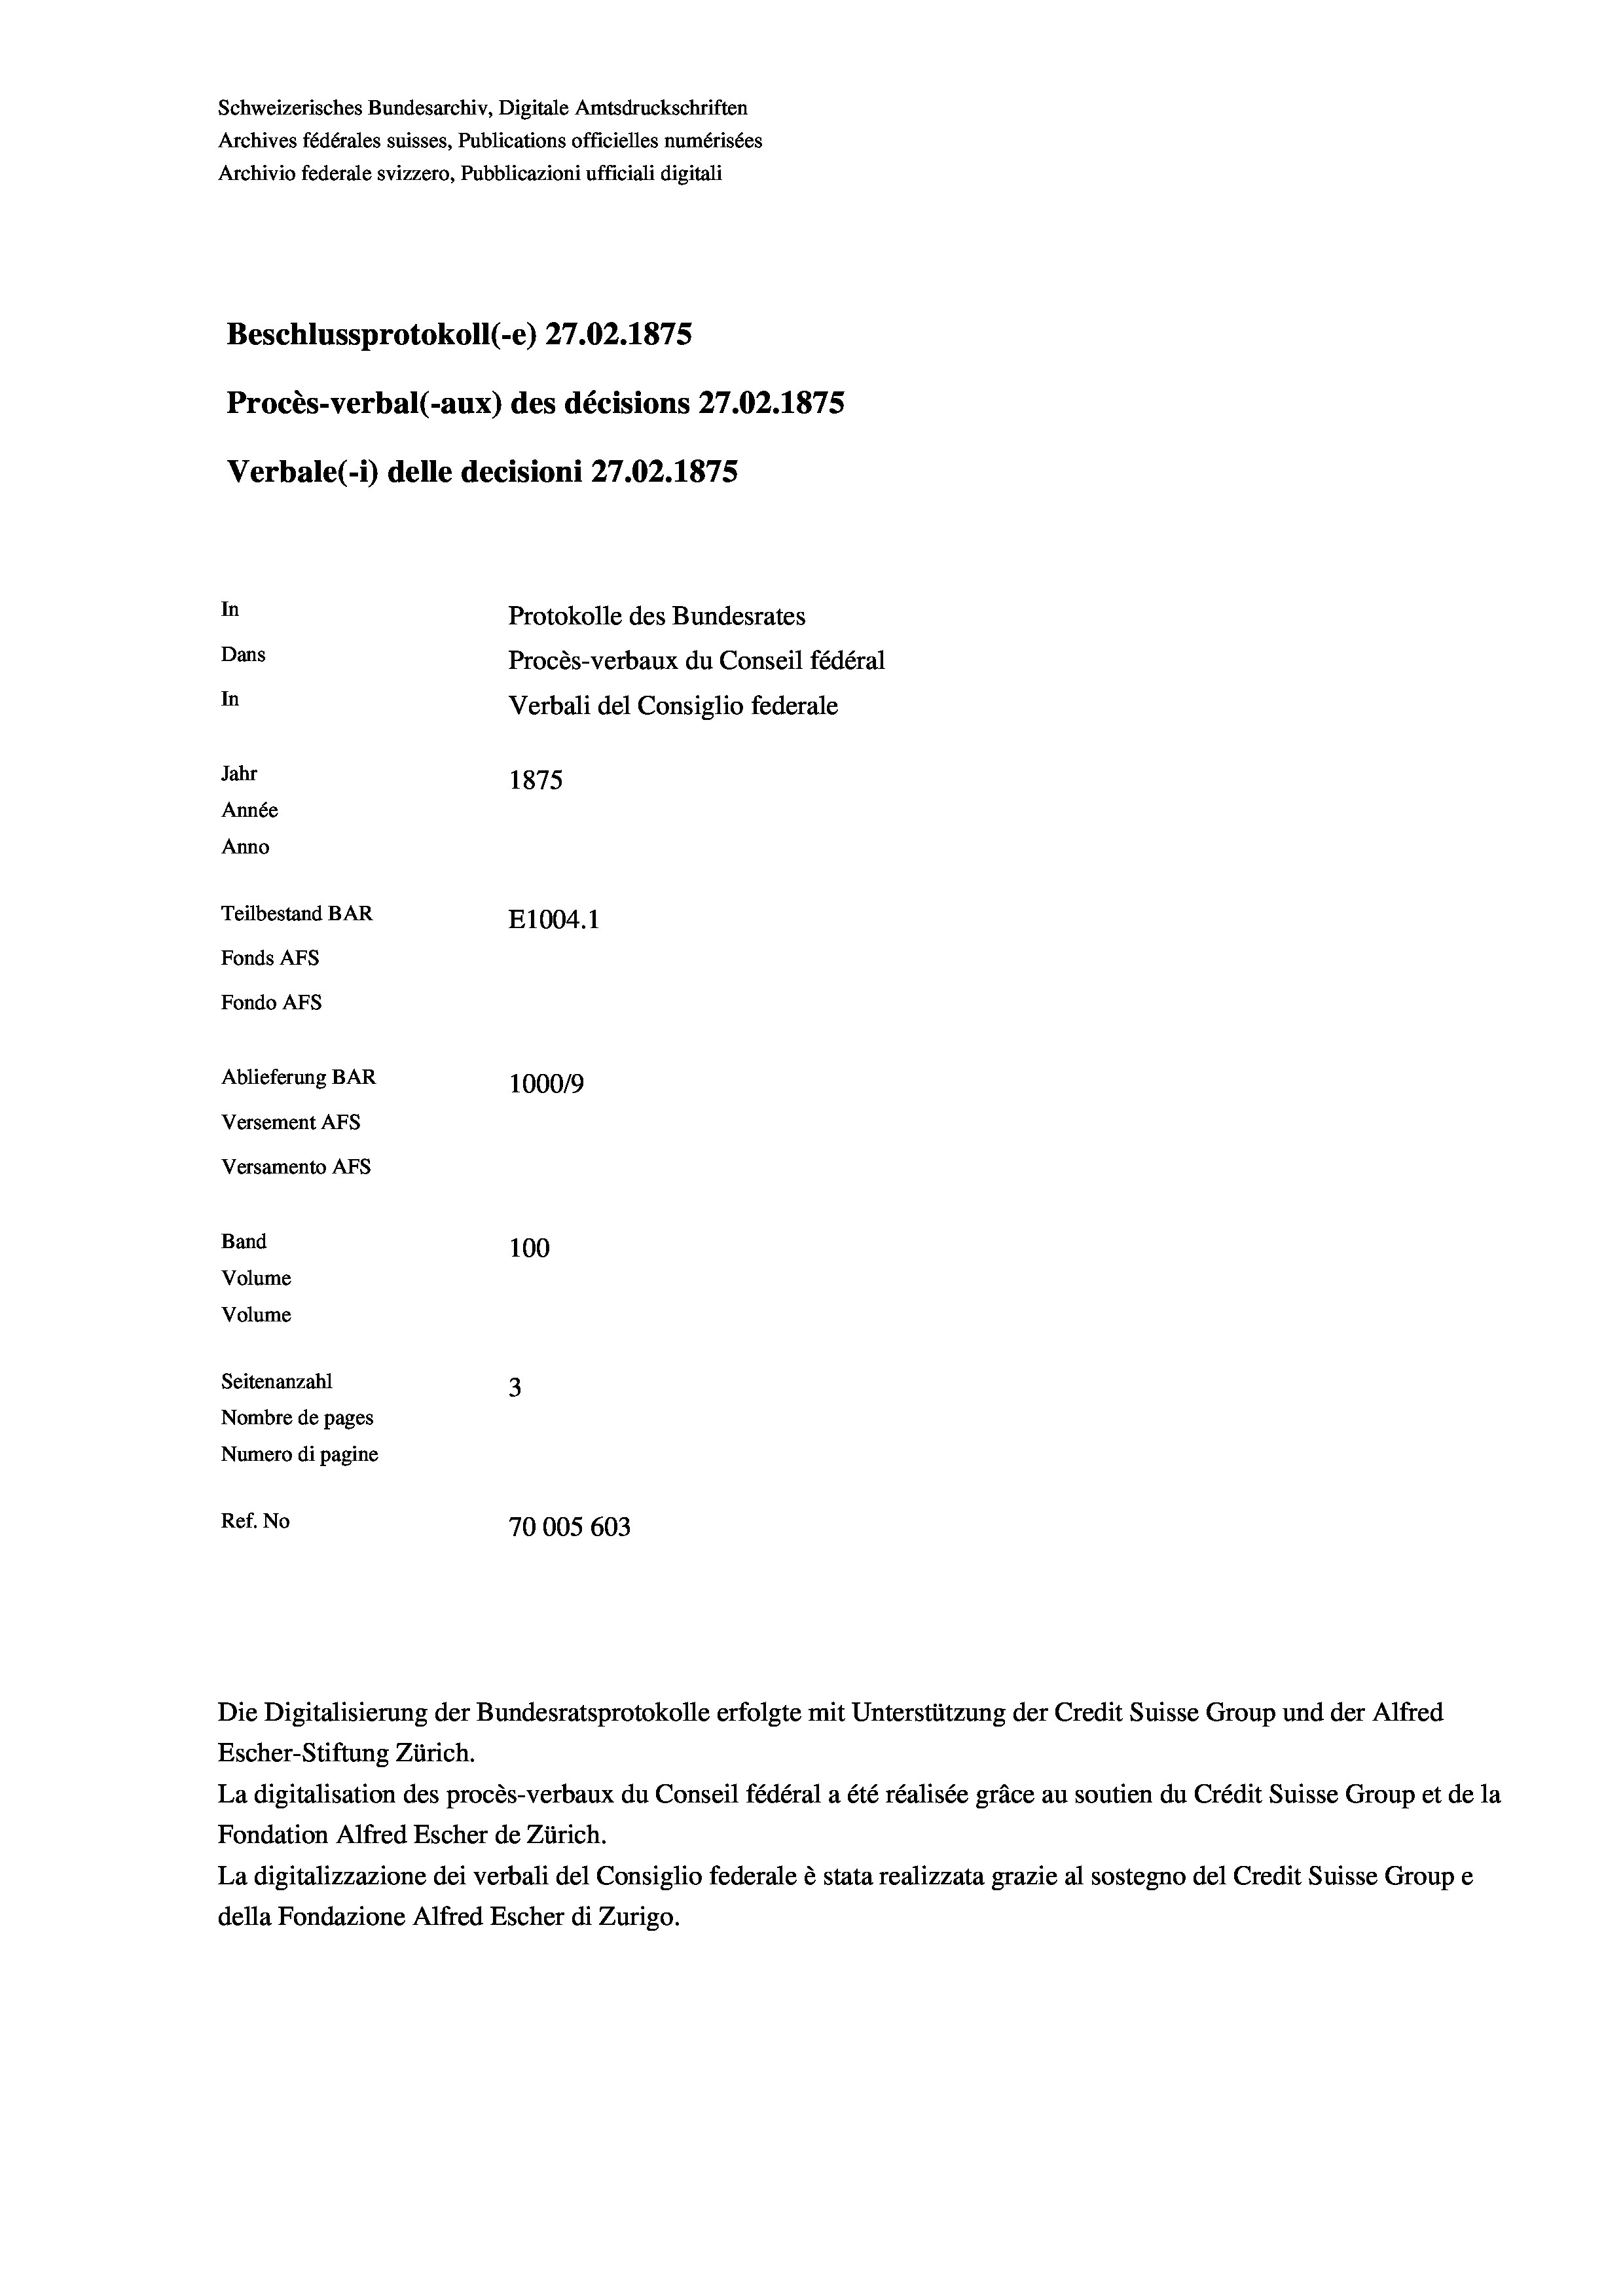
Schweizerisches Bundesarchiv, Digitale Amtsdruckschriften
Archives fédérales suisses, Publications officielles numérisées
Archivio federale svizzero, Pubblicazioni ufficiali digitali
Beschlussprotokoll (-e) 27.02. 1875
Procès-verbal (-aux) des décisions 27.02.1875
Verbale(*) delle decisioni 27.02. 1875
In
Protokolle des Bundesrates
Dans
Procès-verbaux du Conseil fédéral
In
Verbali del Consiglio federale
Jahr
1875
Année
Anno
Teilbestand BAR
E1004. 1
Fonds AFs
Fondo AFs
Ablieferung BAR
100019
Versement AFS
Versamento AFS
Band
100
Volume
Volume

Seitenanzahl
3
Nombre de pages
Numero di pagine
Ref. No
70005 603

Die Digitalisierung der Bundesratsprotokolle erfolgte mit Unterstützung der Credit Suisse Group und der Alfred
Escher-Stiftung Zürich.
La digitalisation des procès-verbaux du Conseil fédéral a été réalisée gräce au soutien du Crédit Suisse Group et de la
Fondation Alfred Escher de Zürich.
La digitalizzazione dei verbali del Consiglio federale è stata realizzata grazie al sostegno del Credit Suisse Groupe
della Fondazione Alfred Escher di Zurigo.